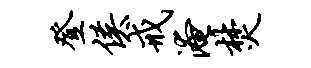
登侯戒淹焚